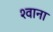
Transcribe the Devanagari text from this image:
श्वाना